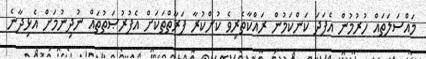
މައްސަލަތައް ހުރުމުން އެފަދަ ކަންކަމުން ރައްކާތެރިވެ ކުށްކުރާ ފަރާތްތަކަށް އެފުރުޞަތުތައް ނުދިނުމަށް އެޅިދާނެ